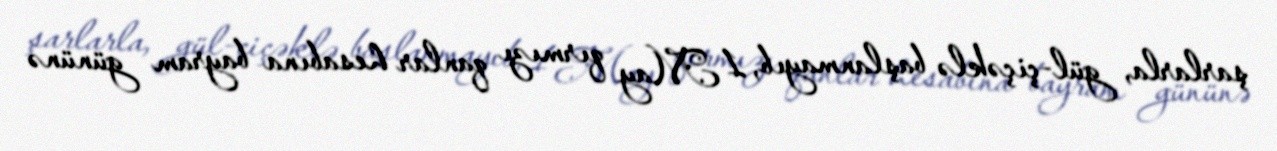
şarlarla, gül-çiçəklə başlanmayıb, 1 May qırmızı qanlar hesabına bayram gününə